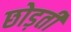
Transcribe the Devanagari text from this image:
छोड़तीं